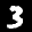
Label: 3